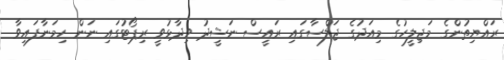
ރައްޔިތުންގެ މަޖިލީހުގެ މިއަދުގެ ޖަލްސާގައި ރައީސް ނަޝީދު ވިދާޅުވީ ރިޕޯޓުގައި ނަން ހިމަނާފައިވާ